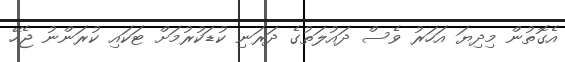
އެގޮތުން މިދިޔަ އަހަރު ވެސް ދައުލަތުގެ ދަރަނި ކުޑަކުރުމަށް ޓަކައި ކުރަންނު ޖެހޭ